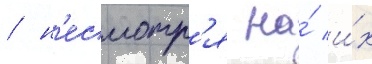
/ н'есмотр'я на́ и́х